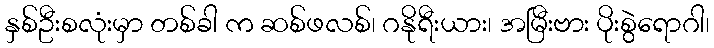
နှစ်ဦးစလုံးမှာ တစ်ခါ က ဆစ်ဖလစ်၊ ဂနိုရီးယား၊ အမြီးဗား ပိုးစွဲရောဂါ၊